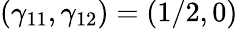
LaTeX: (\gamma_{11},\gamma_{12})=(1/2,0)